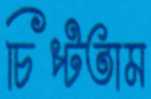
চিপ্‌টতাম